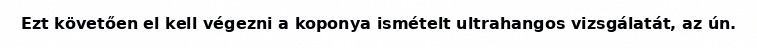
Ezt követően el kell végezni a koponya ismételt ultrahangos vizsgálatát, az ún.